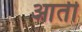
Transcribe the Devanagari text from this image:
आर्ती